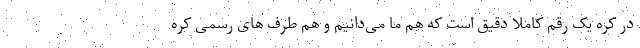
در کره یک رقم کاملا دقیق است که هم ما می‌دانیم و هم طرف های رسمی کره